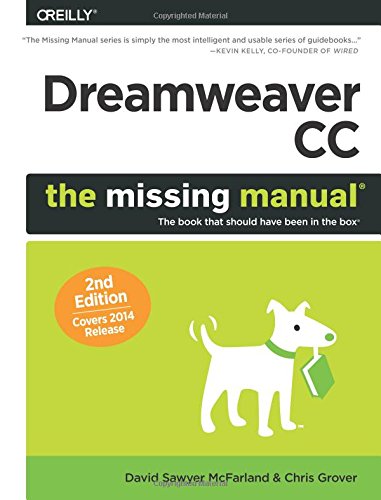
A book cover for Dreamweaver CC: The Missing Manual: Covers 2014 release (Missing Manuals); David Sawyer McFarland; Computers & Technology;